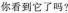
你看到它了吗?